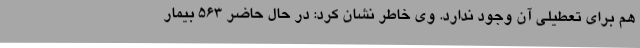
هم برای تعطیلی آن وجود ندارد. وی خاطر نشان کرد: در حال حاضر ۵۶۳ بیمار